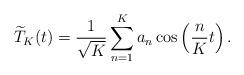
LaTeX: \begin{align*} \widetilde T_K(t)=\frac{1}{\sqrt{K}}\sum^K_{n=1}a_n\cos\left(\frac{n}{K}t\right). \end{align*}